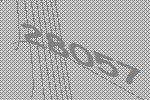
28057